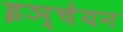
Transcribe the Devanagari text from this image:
इञ्चेयन